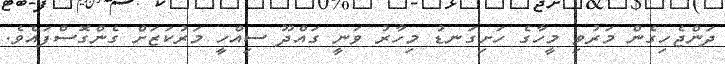
ދަންޖެހިގެން މަރުވި މީހާގެ ހަށިގަނޑު މިހާރު ވަނީ ގައްދޫ ސިއްހީ މަރުކަޒަށް ގެންގޮސްފައެވެ.